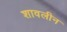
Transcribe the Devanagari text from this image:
शावलीन